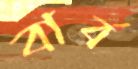
বার্ব